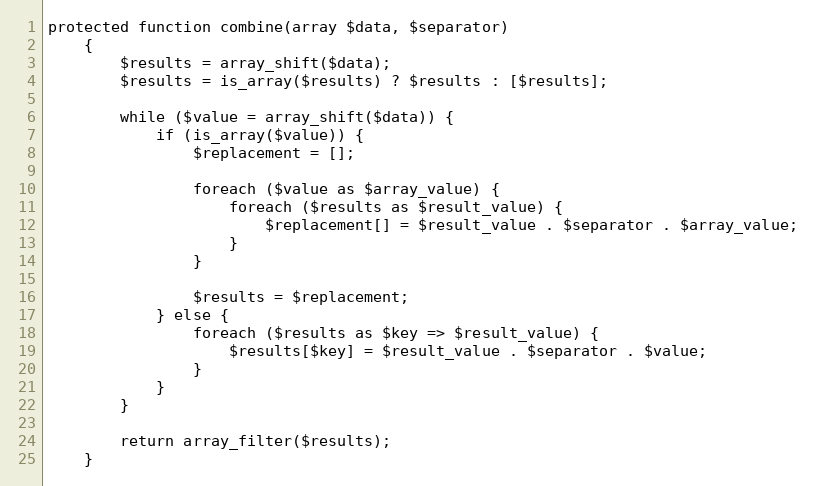
Language: PHP
protected function combine(array $data, $separator)
    {
        $results = array_shift($data);
        $results = is_array($results) ? $results : [$results];

        while ($value = array_shift($data)) {
            if (is_array($value)) {
                $replacement = [];

                foreach ($value as $array_value) {
                    foreach ($results as $result_value) {
                        $replacement[] = $result_value . $separator . $array_value;
                    }
                }

                $results = $replacement;
            } else {
                foreach ($results as $key => $result_value) {
                    $results[$key] = $result_value . $separator . $value;
                }
            }
        }

        return array_filter($results);
    }